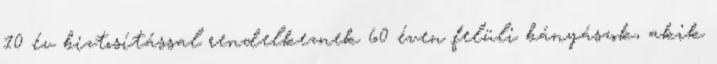
10 év biztosítással rendelkeznek 60 éven felüli bányászok, akik